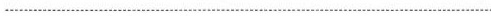
___